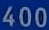
400